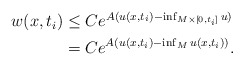
\begin{align*}\begin{aligned}w(x,t_i) &\leq C e^{A (u(x,t_i) - \inf_{M \times [0,t_i]} u)} \\&= C e^{A (u(x,t_i) - \inf_M u(x,t_i))}.\end{aligned}\end{align*}